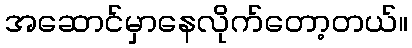
အဆောင်မှာနေလိုက်တော့တယ်။